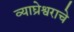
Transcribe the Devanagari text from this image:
व्याघ्रेश्वराचे